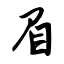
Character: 眉